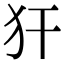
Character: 犴